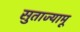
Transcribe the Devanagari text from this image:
सुताज्यामू